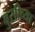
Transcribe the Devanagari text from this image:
बुसीच्या